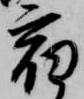
宿